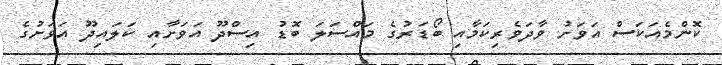
ކޮންމެއަކަސް އަވަށު ވާދަވެރިކަމާއި ބޯޑަރުގެ މައްސަލަ ބޮޑު އިސްދޫ އަވަށާއި ކަލައިދޫ އަވަށުގެ